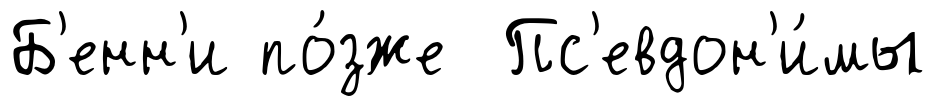
Б'енн'и по́зже Пс'евдон'и́мы